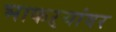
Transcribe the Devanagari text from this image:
भाकऱ्यांवर